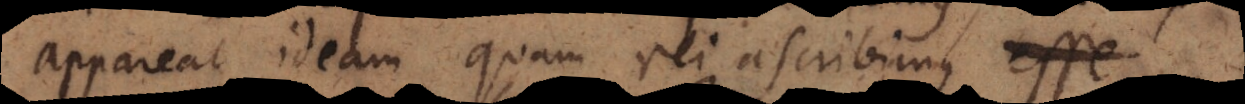
appareat ideam quam rei ascribimus